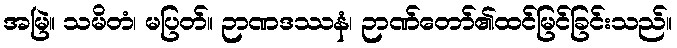
အမြဲ။ သမိတံ၊ မပြတ်။ ဉာဏဒဿနံ၊ ဉာဏ်တော်၏ထင်မြင်ခြင်းသည်။